Report on vaccination in the Province of Bengal - 1874-1889
Year: 1874
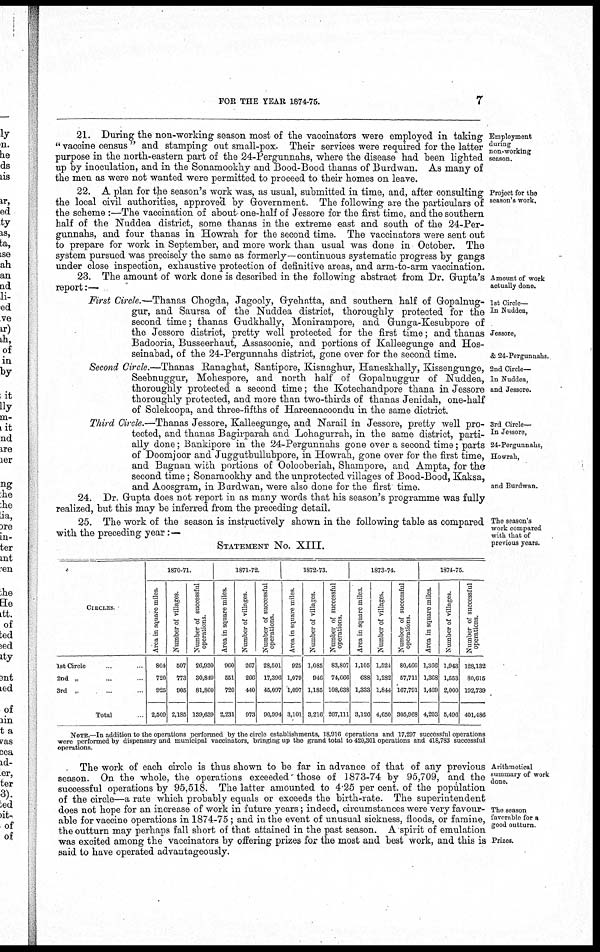
FOR THE YEAR 1874-75.
7
Employment
during
non-working
season.
21. During the non-working season most of the vaccinators were employed in taking
" vaccine census " and stamping out small-pox. Their services were required for the latter
purpose in the north-eastern part of the 24-Pergunnahs, where the disease had been lighted
up by inoculation, and in the Sonamookhy and Bood-Bood thanas of Burdwan. As many of
the men as were not wanted were permitted to proceed to their homes on leave.
Project for the
season's work.
22. A plan for the season's work was, as usual, submitted in time, and, after consulting
the local civil authorities, approved by Government. The following are the particulars of
the scheme :—The vaccination of about one-half of Jessore for the first time, and the southern
half of the Nuddea district, some thanas in the extreme east and south of the 24-Per¬
gunnahs, and four thanas in Howrah for the second time. The vaccinators were sent out
to prepare for work in September, and more work than usual was done in October. The
system pursued was precisely the same as formerly—continuous systematic progress by gangs
under close inspection, exhaustive protection of definitive areas, and arm-to-arm vaccination.
Amount of work
actually done.
23. The amount of work done is described in the following abstract from Dr. Gupta's
report:—
1st Circle—
In Nuddea,
Jessore,
& 24-Pergunnahs.
First Circle.—Thanas Chogda, Jagooly, Gyehatta, and southern half of Gopalnug¬
gur, and Saursa of the Nuddea district, thoroughly protected for the
second time; thanas Gudkhally, Monirampore, and Gunga-Kesubpore of
the Jessore district, pretty well protected for the first time; and thanas
Badooria, Busseerhaut, Assasoonie, and portions of Kalleegunge and Hos¬
seinabad, of the 24-Pergunnahs district, gone over for the second time.
2nd Circle—
In Nuddea,
and Jessore.
Second Circle.—Thanas Ranaghat, Santipore, Kisnaghur, Haneskhally, Kissengunge,
Seebnuggur, Mohespore, and north half of Gopalnuggur of Nuddea,
thoroughly protected a second time; the Kotechandpore thana in Jessore
thoroughly protected, and more than two-thirds of thanas Jenidah, one-half
of Solekoopa, and three-fifths of Hareenacoondu in the same dictrict.
3rd Circle—
In Jessore,
24-Pergunnahs,
Howrah,
and Burdwan.
Third Circle.—Thanas Jessore, Kalleegunge, and Narail in Jessore, pretty well pro-
tected, and thanas Bagirparah and Lohagurrah, in the same district, parti-
ally done; Bankipore in the 24-Pergunnahs gone over a second time; parts
of Doomjoor and Juggutbullubpore, in Howrah, gone over for the first time,
and Bagnan with portions of Oolooberiah, Shampore, and Ampta, for the
second time; Sonamookhy and the unprotected villages of Bood-Bood, Kaksa,
and Aoosgram, in Burdwan, were also done for the first time.
24. Dr. Gupta does not report in as many words that his season's programme was fully
realized, but this may be inferred from the preceding detail.
The season's
work compared
with that of
previous years.
25. The work of the season is instructively shown in the following table as compared
with the preceding year:—
STATEMENT No. XIII.
CIRCLES
1st Circle
2nd „ ...
3rd „ ...
Total
1870-71.
Area in square miles
864
720
925
2,509
Number of villages.
507
773
905
2,185
Number of successful
operations.
26,030
30,849
81,860
139,639
1871-72.
Area in square miles
960
551
720
2,231
Number of villages.
267
266
440
973
Number of successful
operations
28,501
17,396
45,097
90,994
1872-73
Area in square miles
925
1,079
1,097
3,101
Number of villages.
1,085
946
1,185
3,216
Number of successful
operations
83,807
74,666
108,638
267,111
1873-74.
Area in square miles.
1,105
688
1,333
3,126
Number of villages.
1,524
1,282
1,844
4,650
Number of successful
operations.
80,466
57,711
167,791
305,968
1874-75.
Area in square miles.
1,366
1,368
1,469
4,203
Number of villages.
1,943
1,553
2,000
5,496
Number of successful
operations.
128,132
80,615
192,739
401,486
NOTE —In addition to the operations performed by the circle establishments, 18,916 operations and 17,297 successful operations
were performed by dispensary and municipal vaccinators, bringing up the grand total to 420,301 operations and 418,783 successful
operations
Arithmetical
summary of work
done.
The season
favorable for a
good outturn
Prizes.
The work of each circle is thus shown to be far in advance of that of any previous
season. On the whole, the operations exceeded those of 1873-74 by 95,709, and the
successful operations by 95,518. The latter amounted to 4.25 per cent. of the population
of the circle—a rate which probably equals or exceeds the birth-rate. The superintendent
does not hope for an increase of work in future years; indeed, circumstances were very favour-
able for vaccine operations in 1874-75 ; and in the event of unusual sickness, floods, or famine,
the outturn may perhaps fall short of that attained in the past season. A spirit of emulation
was excited among the vaccinators by offering prizes for the most and best work, and this is
said to have operated advantageously.